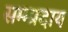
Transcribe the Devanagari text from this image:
सम्म्प्रदाय